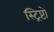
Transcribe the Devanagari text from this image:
स्ट्रिप्टो